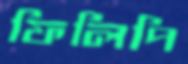
ফিলিপি